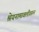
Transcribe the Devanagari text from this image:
श्रेयनामावलीवरून